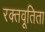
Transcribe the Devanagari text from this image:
रक्तवूतिता